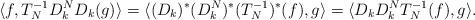
LaTeX: \begin{align*}\langle f, T^{-1}_ND_k^ND_k(g)\rangle = \langle(D_k)^*(D_k^N)^*(T^{-1}_N)^*(f), g \rangle=\langle D_kD_k^N T^{-1}_N(f), g \rangle.\end{align*}